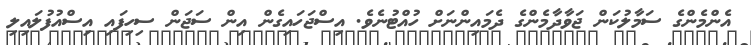
އެންމެންގެ ސަމާލުކަން ޖަވާދާމެންގެ ދެމައިންނަށް ހުއްޓުނެވެ. އިސްޖަހައިގެން އިން ސަޖަން ސިހިފައި އިސްއުފުލައިލި